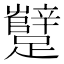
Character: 𰸷